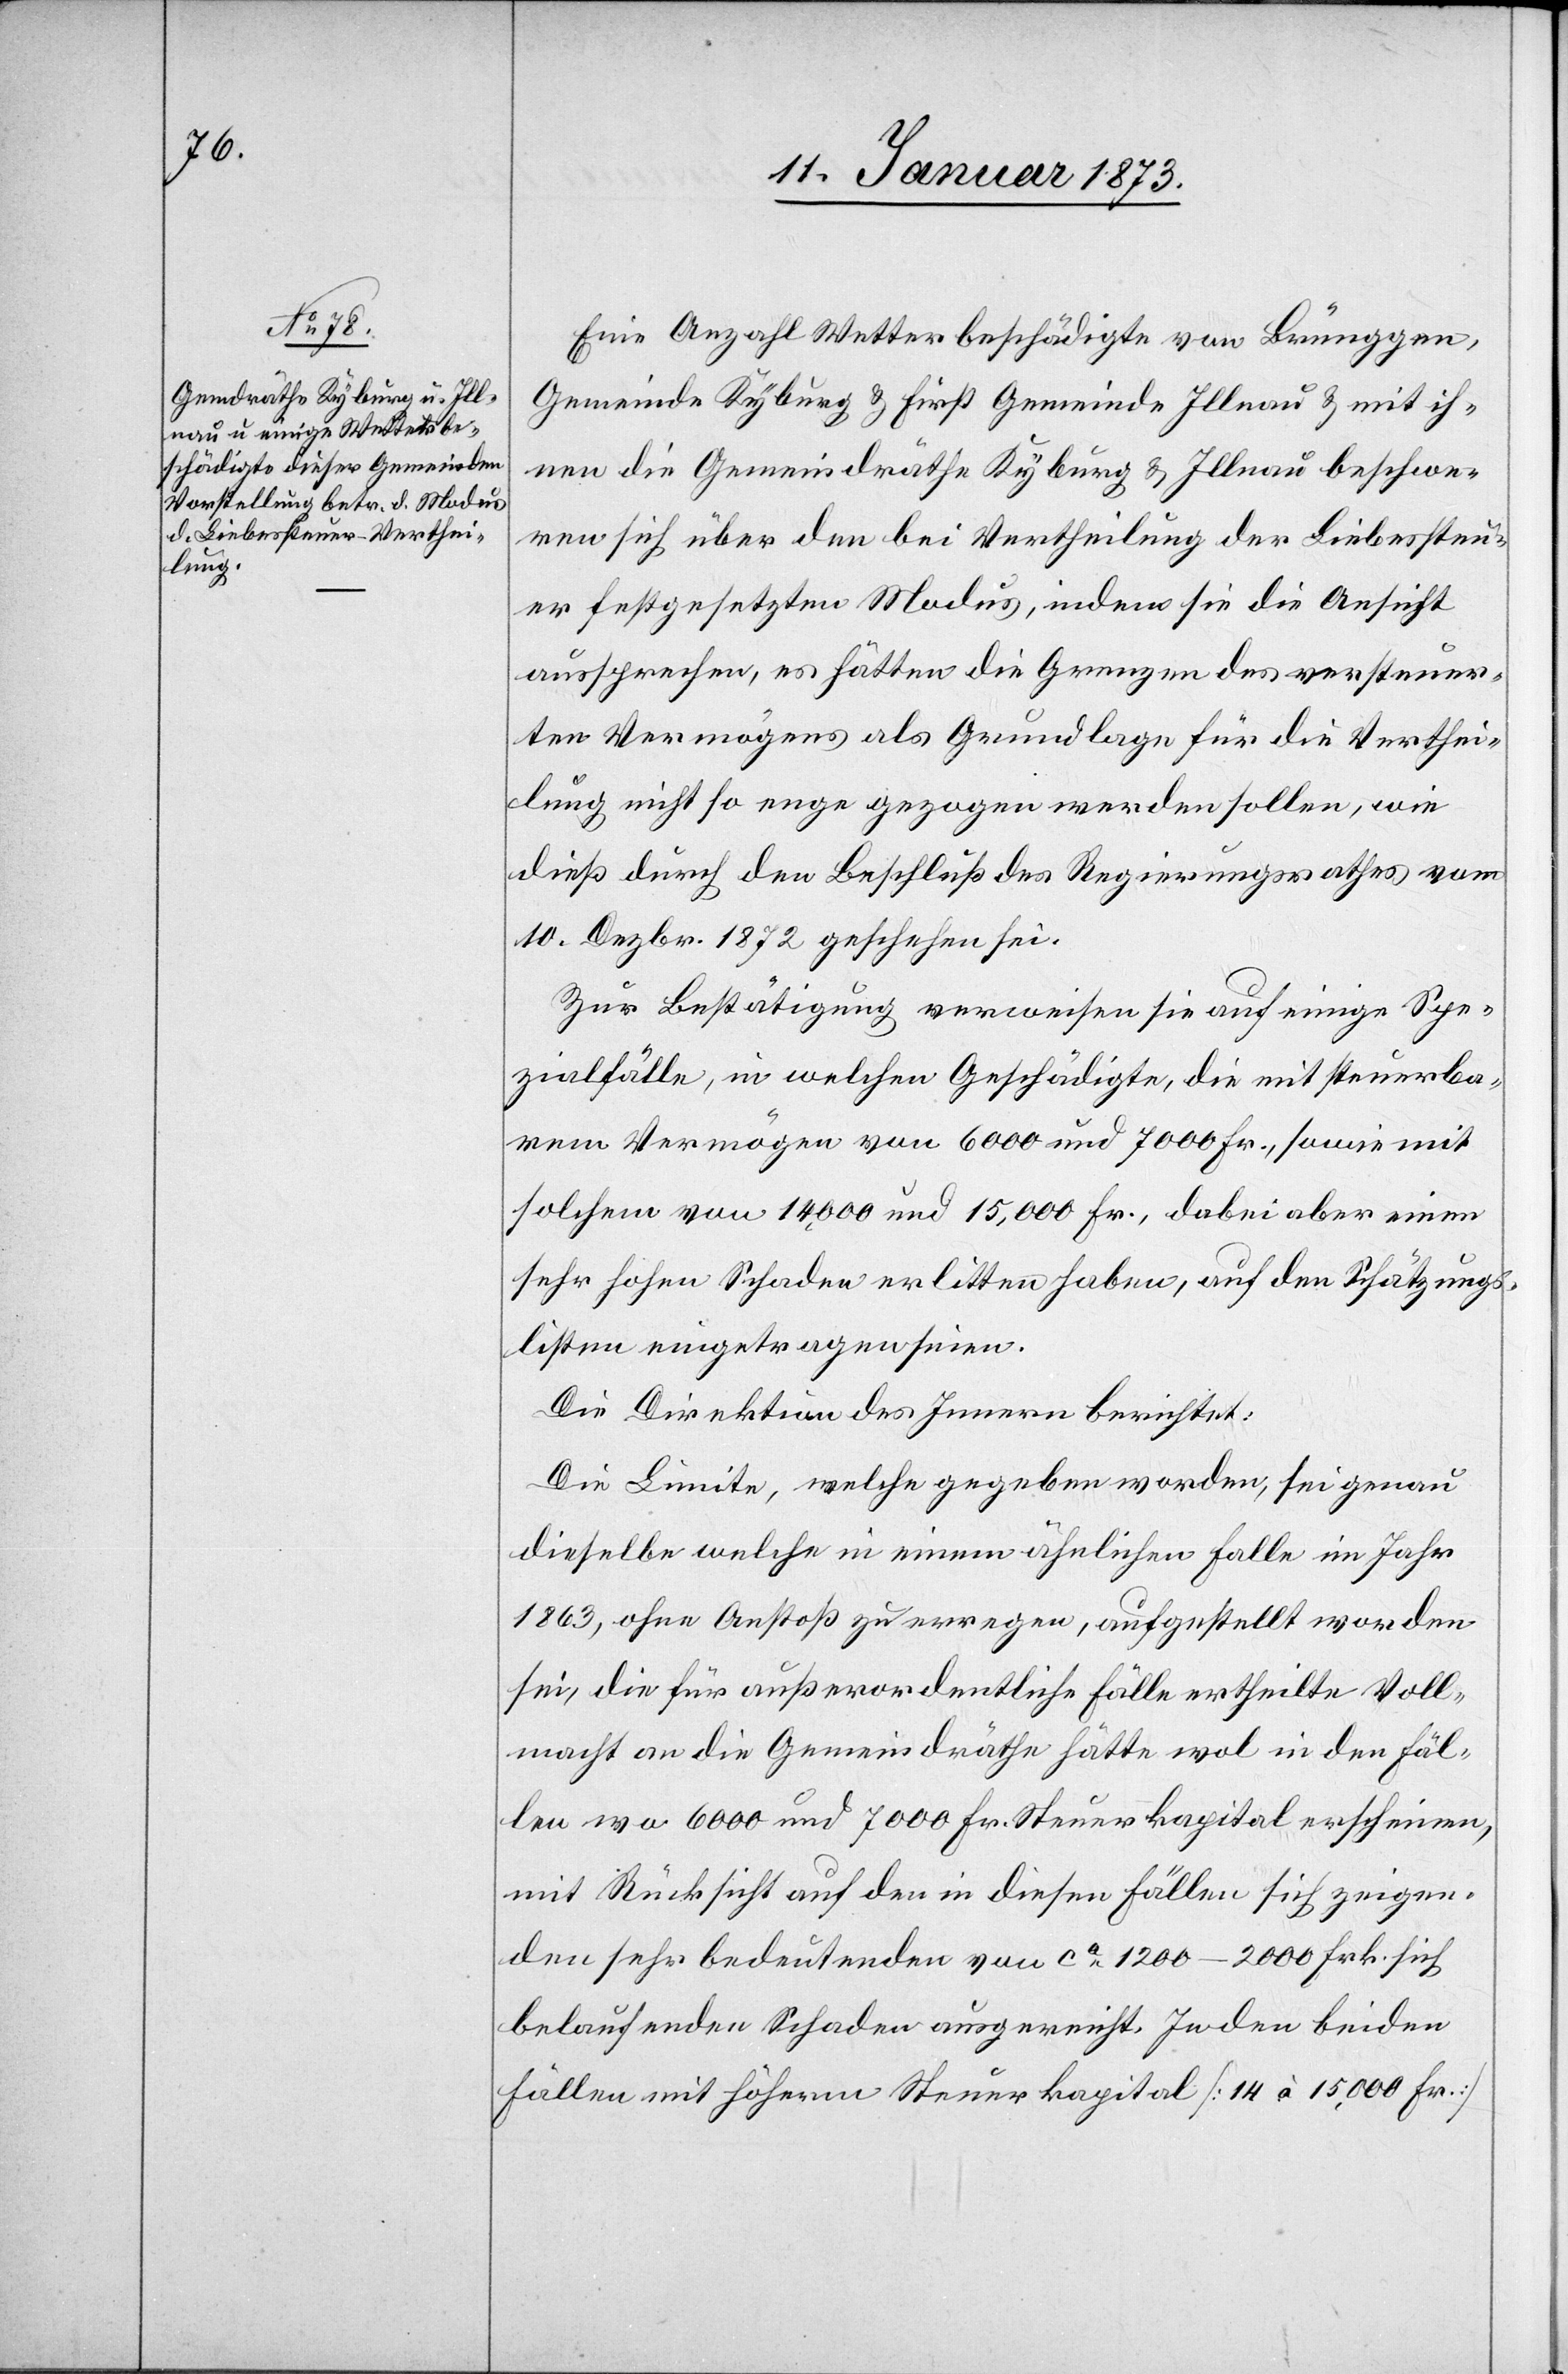
Eine Anzahl Wetterbeschädigte von Brüenggen,
Gemeinde Kyburg & First Gemeinde Illnau & mit ih¬
nen die Gemeindräthe Kyburg & Illnau beschwe¬
ren sich über den bei Vertheilung der Liebessteu¬
er festgesetzten Modus, indem sie die Ansicht
aussprechen, es hätten die Grenzen des versteuer¬
ten Vermögens als Grundlage für die Verthei¬
lung nicht so enge gezogen werden sollen, wie
dieß durch den Beschluß des Regierungsrathes vom
10. Dezbr. 1872 geschehen sei.
Zur Bestätigung verweisen sie auf einige Spe¬
zialfälle, in welchen Geschädigte, die mit steuerba¬
rem Vermögen von 600 und 700 Fr., sowie mit
solchen von 14,000 und 15,000 Fr., dabei aber einen
sehr hohen Schaden erlitten haben, auf den Schätzungs¬
listen eingetragen seien.
Die Direktion des Innern berichtet:
Die Limite, welche gegeben worden, sei genau
dieselbe welche in einem ähnlichen Falle im Jahr
1863, ohne Anstoß zu erregen, aufgestellt worden
sei, die für außerordentliche Fälle ertheilte Voll¬
macht an die Gemeindräthe hätte mal in den Fäl¬
len wo 6000 und 7000 Fr. Steuerkapital erschienen,
mit Rücksicht auf den in diesen Fällen sich zeigen¬
den sehr bedeutenden von ca. 1200–2000 Frk. sich
belaufenden Schaden ausgereicht. In den beiden
Fällen mit höherem Steuerkapital [14 à 15,000 Fr.]